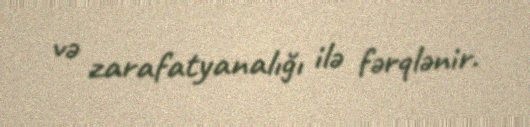
və zarafatyanalığı ilə fərqlənir.